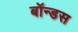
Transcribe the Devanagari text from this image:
बॉन्डस